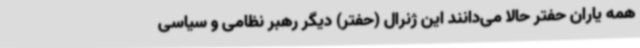
همه یاران حفتر حالا می‌دانند این ژنرال (حفتر) دیگر رهبر نظامی و سیاسی